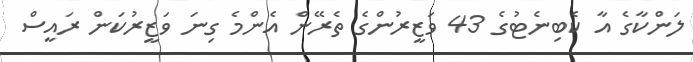
ލަންކާގެ އާ ކެބިނެޓުގެ 43 ވަޒީރުންގެ ތެރޭން އެންމެ ގިނަ ވަޒީރުކަން ރައީސް